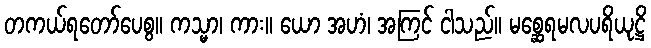
တကယ်ရတော်ပေစွ။ ကသ္မာ၊ ကား။ ယော အဟံ၊ အကြင် ငါသည်။ မစ္ဆေရမလပရိယုဋ္ဌိ